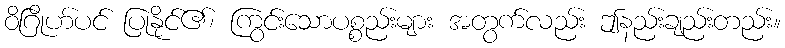
ဝိဂြိုဟ်ပင် ပြုနိုင်၏၊ ကြွင်းသောပစ္စည်းများ အတွက်လည်း ဤနည်းချည်းတည်း။